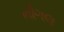
નૌગલ